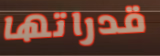
قدراتها